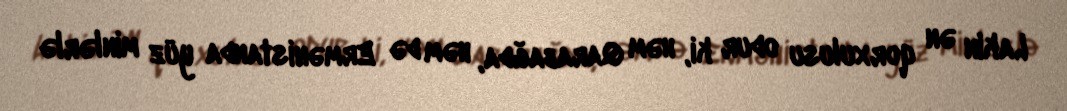
Lakin ən qorxulusu odur ki, həm Qarabağda, həm də Ermənistanda yüz minlərlə